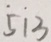
\dot { 5 } \dot { 1 } 3